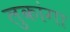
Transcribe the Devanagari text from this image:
लुकांगा